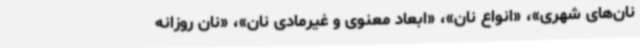
نان‌های شهری»، «انواع نان»، «ابعاد معنوی و غیرمادی نان»، «نان روزانه